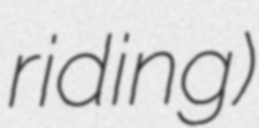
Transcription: riding)